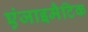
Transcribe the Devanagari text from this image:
एंजाइमैटिक